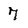
Character: 7